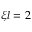
\xi l = 2